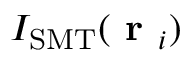
I _ { \mathrm { S M T } } ( \textbf { r } _ { i } )